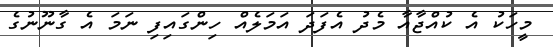
މީހަކު އެ ކުއްޖާއާ މެދު އެފަދަ އަމަލެއް ހިންގައިފި ނަމަ އެ ގާނޫނުގެ